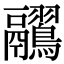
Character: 𪈊